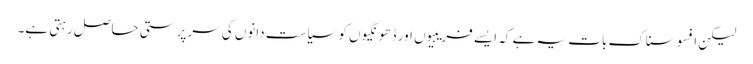
لیکن افسوسناک بات یہ ہے کہ ایسے فریبیوں اور ڈھونگیوں کو سیاست دانوں کی سرپرستی حاصل رہتی ہے۔